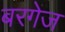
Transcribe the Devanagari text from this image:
बरगेज